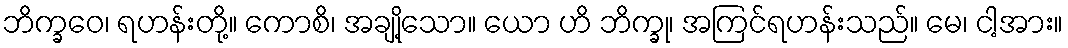
ဘိက္ခဝေ၊ ရဟန်းတို့။ ကောစိ၊ အချို့သော။ ယော ဟိ ဘိက္ခု၊ အကြင်ရဟန်းသည်။ မေ၊ ငါ့အား။